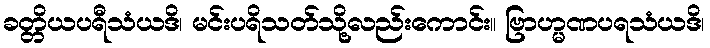
ခတ္တိယပရီသံယဒိ၊ မင်းပရိသတ်သို့လည်းကောင်း။ ဗြာဟ္မဏပရသံယဒိ၊